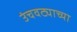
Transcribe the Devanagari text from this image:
उंचवट्याच्या